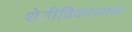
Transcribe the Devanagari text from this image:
शेतीविकासाचा